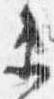
衛